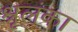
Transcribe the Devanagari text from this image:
श्रृलंका